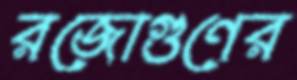
রজোগুণের